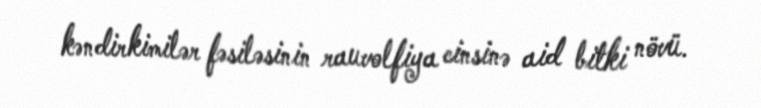
kəndirkimilər fəsiləsinin rauvolfiya cinsinə aid bitki növü.